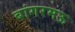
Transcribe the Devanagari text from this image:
बांगरमऊ